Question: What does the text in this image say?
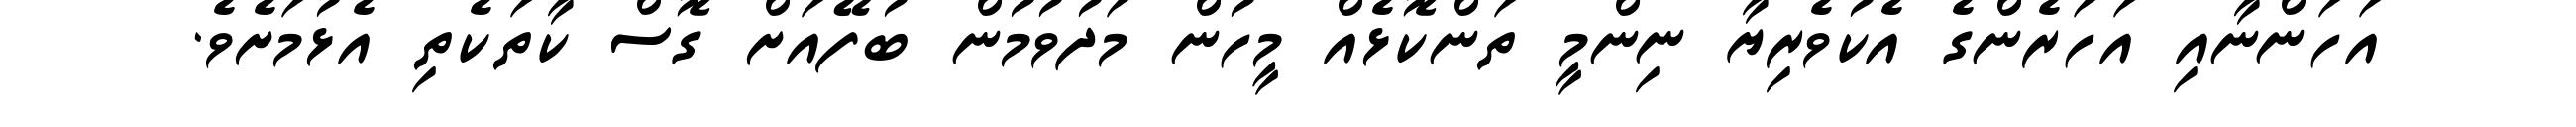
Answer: އަހަންނާއި އަހަރެންގެ އެކުވެރިޔާ ނިންމީ ތަންކޮޅެއް މީހުން މަދުވުމުން ބުފޭއަށް ގޮސް ކާތަކެތި އެޅުމަށެވެ.